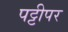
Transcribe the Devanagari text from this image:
पट्टीपर